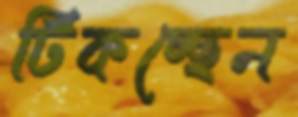
টিকচ্ছেন